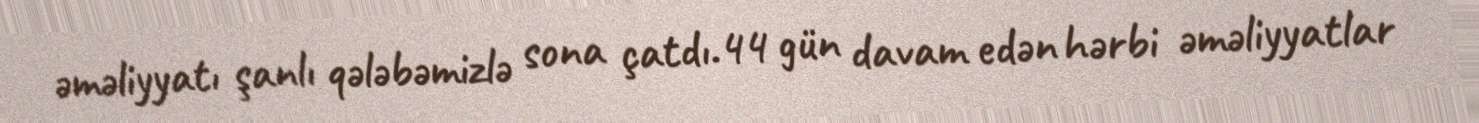
əməliyyatı şanlı qələbəmizlə sona çatdı.44 gün davam edən hərbi əməliyyatlar